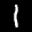
Label: 1